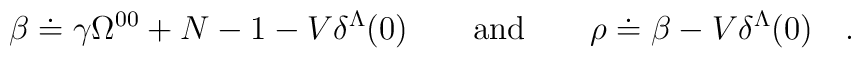
\beta \doteq \gamma \Omega^{00} +N-1-V\delta^{\Lambda}(0) \qquad {\rm and}\qquad \rho \doteq \beta -V\delta^{\Lambda}(0) \quad .